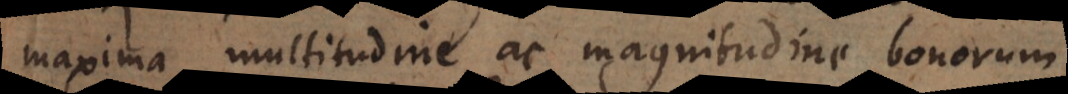
maxima multitudine ac magnitudine bonorum,